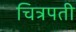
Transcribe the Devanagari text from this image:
चित्रपती